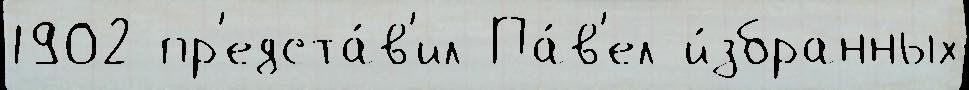
1902 пр'едста́в'ил Па́в'ел и́збранных